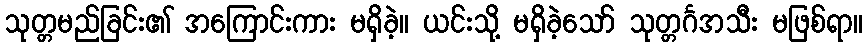
သုတ္တမည်ခြင်း၏ အကြောင်းကား မရှိခဲ့။ ယင်းသို့ မရှိခဲ့သော် သုတ္တင်္ဂအသီး မဖြစ်ရာ။